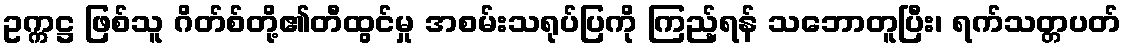
ဥက္ကဋ္ဌ ဖြစ်သူ ဂိတ်စ်တို့၏တီထွင်မှု အစမ်းသရုပ်ပြကို ကြည့်ရန် သဘောတူပြီး၊ ရက်သတ္တပတ်